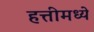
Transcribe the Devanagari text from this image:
हत्तीमध्ये